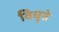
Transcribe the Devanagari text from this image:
विधृते